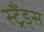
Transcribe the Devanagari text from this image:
स्ट्रैंड्स